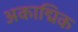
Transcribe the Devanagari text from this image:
अकाद्मिक